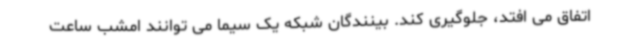
اتفاق می افتد، جلوگیری کند. بینندگان شبکه یک سیما می توانند امشب ساعت